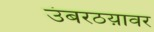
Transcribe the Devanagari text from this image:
उंबरठय़ावर